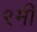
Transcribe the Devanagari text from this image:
९मी